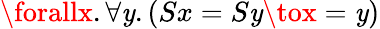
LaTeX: \forallx.\forall\mathit{y}.(Sx=S\mathit{y}\tox=\mathit{y})